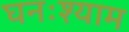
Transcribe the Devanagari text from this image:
घनःश्याम